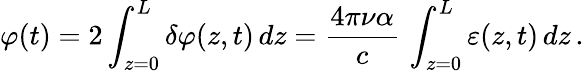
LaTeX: \varphi(t)=2\int_{z=0}^{L}\delta\varphi(z,t)\, dz=\frac{4\pi\nu\alpha}{c}\, \int_{z=0}^{L}\varepsilon(z,t)\, dz\, .